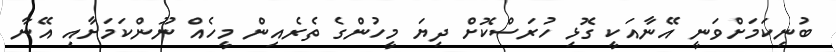
ބުނިކަމަށްވަނީ އޭނާއަކީ ގޮޅި ހުރަސްކޮށް ދިޔަ މީހުންގެ ތެރެއިން މީހެއް ނޫންކަމަށާއި އޭނާ